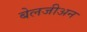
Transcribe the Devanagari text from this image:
बेलजीअन